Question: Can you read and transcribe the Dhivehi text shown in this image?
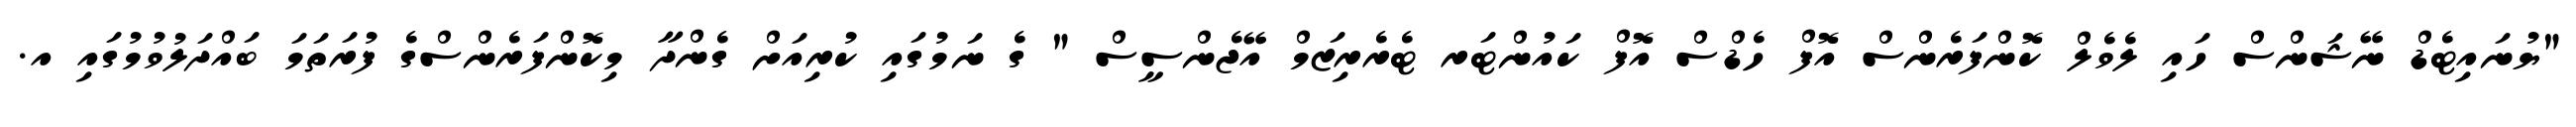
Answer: "ޔުނައިޓެޑް ނޭޝަންސް ހައި ލެވެލް ކޮންފަރެންސް އޮފް ހެޑްސް އޮފް ކައުންޓަރ ޓެރެރިޒަމް އޭޖެންސީސް " ގެ ނަމުގައި ކުރިއަށް ގެންދާ މިކޮންފަރެންސްގެ ފުރަތަމަ ބައްދަލުވުމުގައި އ.